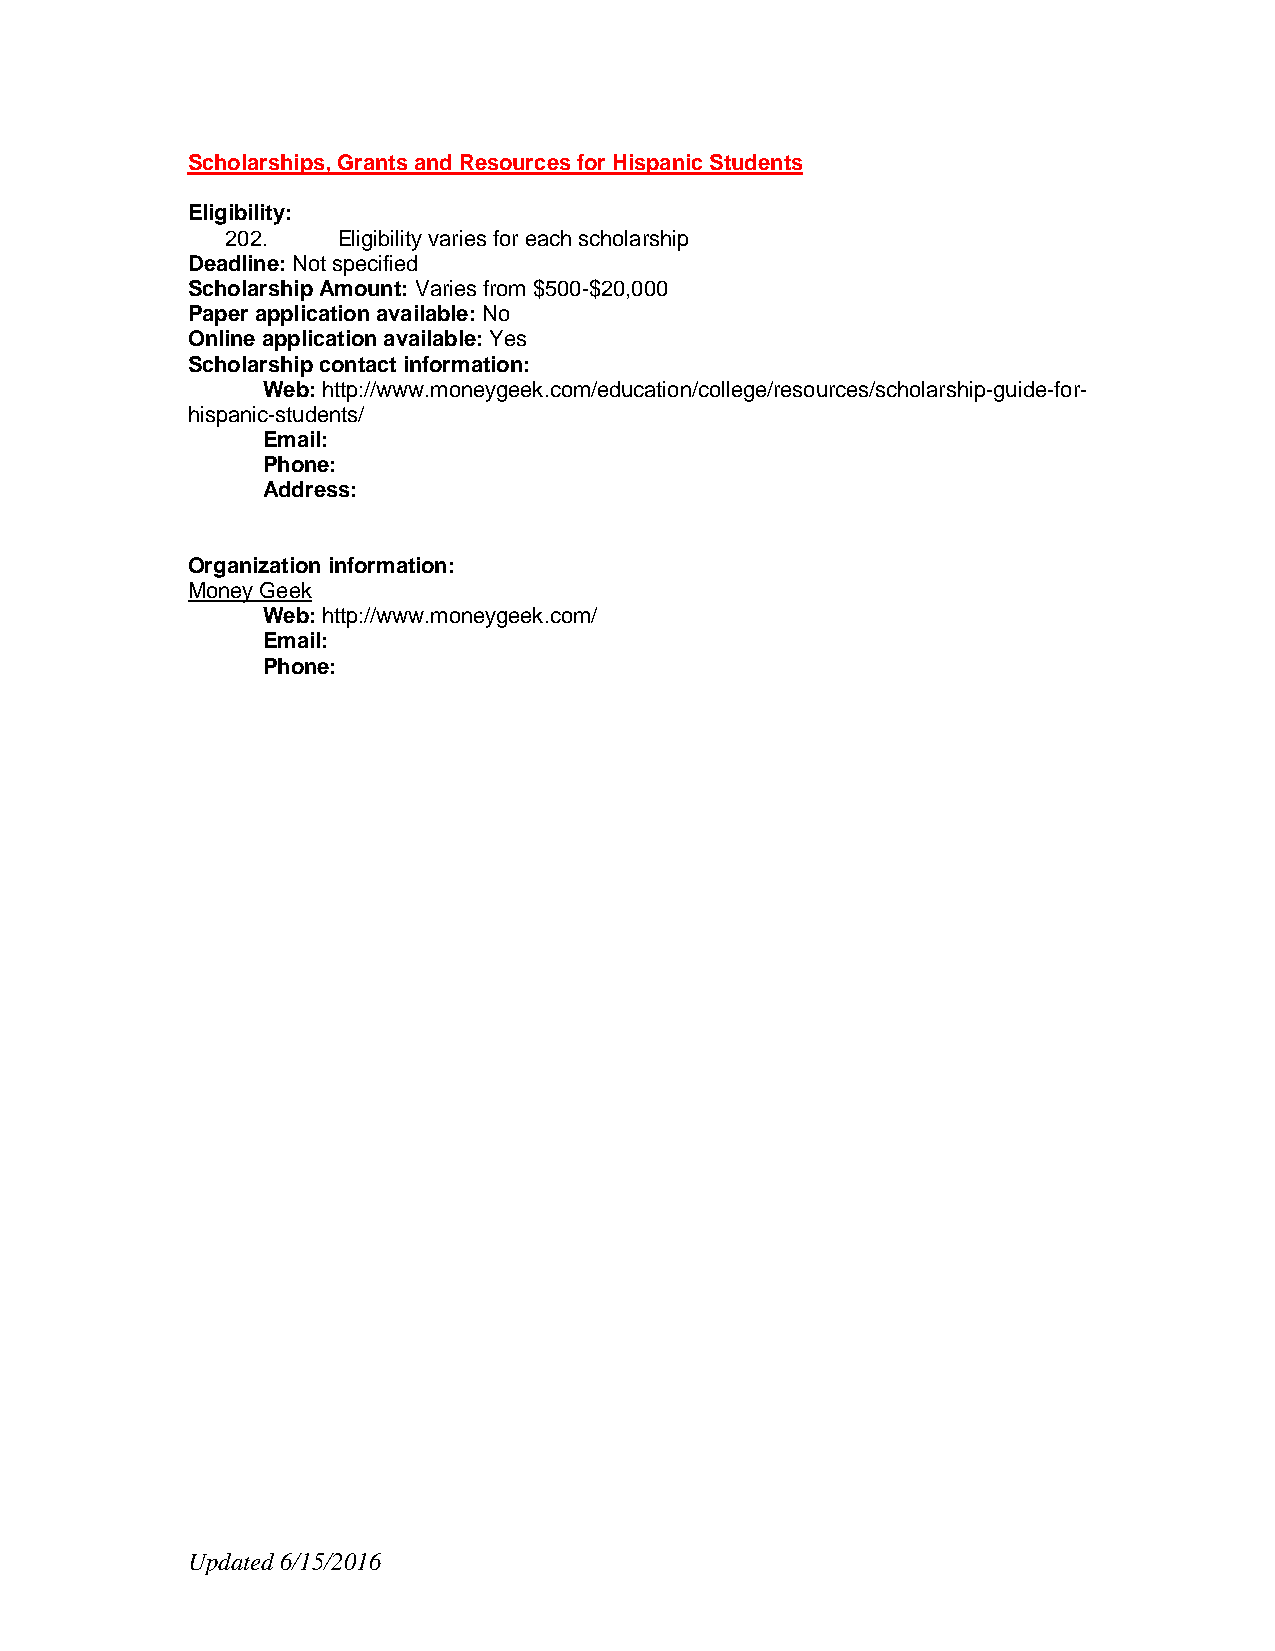
Scholarships, Grants and Resources for Hispanic Students
 Eligibility:
 202.   Eligibility varies for each scholarship
 Deadline: Not specified
 Scholarship Amount: Varies from $500-$20,000
 Paper application available: No
 Online application available: Yes
 Scholarship contact information:
 Web: http://www.moneygeek.com/education/college/resources/scholarship-guide-for-
 hispanic-students/
 Email:
 Phone:
 Address:
 Organization information:
 Money Geek
 Web: http://www.moneygeek.com/
 Email:
 Phone:
 Updated 6/15/2016